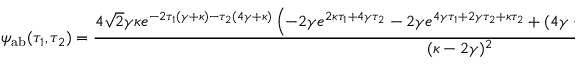
\psi _ { \mathrm { a b } } ( \tau _ { 1 } , \tau _ { 2 } ) = \frac { 4 \sqrt { 2 } \gamma \kappa e ^ { - 2 \tau _ { 1 } ( \gamma + \kappa ) - \tau _ { 2 } ( 4 \gamma + \kappa ) } \left( - 2 \gamma e ^ { 2 \kappa \tau _ { 1 } + 4 \gamma \tau _ { 2 } } - 2 \gamma e ^ { 4 \gamma \tau _ { 1 } + 2 \gamma \tau _ { 2 } + \kappa \tau _ { 2 } } + ( 4 \gamma - \kappa ) e ^ { ( 2 \gamma + \kappa ) ( \tau _ { 1 } + \tau _ { 2 } ) } + \kappa e ^ { 2 \gamma \tau _ { 1 } + \kappa \tau _ { 1 } + 4 \gamma \tau _ { 2 } } \right) } { ( \kappa - 2 \gamma ) ^ { 2 } }